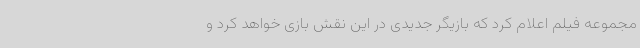
مجموعه فیلم اعلام کرد که بازیگر جدیدی در این نقش بازی خواهد کرد و